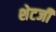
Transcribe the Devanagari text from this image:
शेटजी